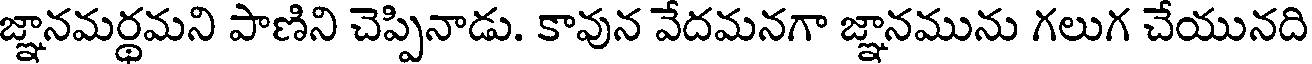
జ్ఞానమర్థమని పాణిని చెప్పినాడు. కావున వేదమనగా జ్ఞానమును గలుగ చేయునది